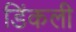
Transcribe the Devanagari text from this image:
डिंकली